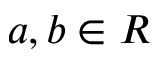
a , b \in R